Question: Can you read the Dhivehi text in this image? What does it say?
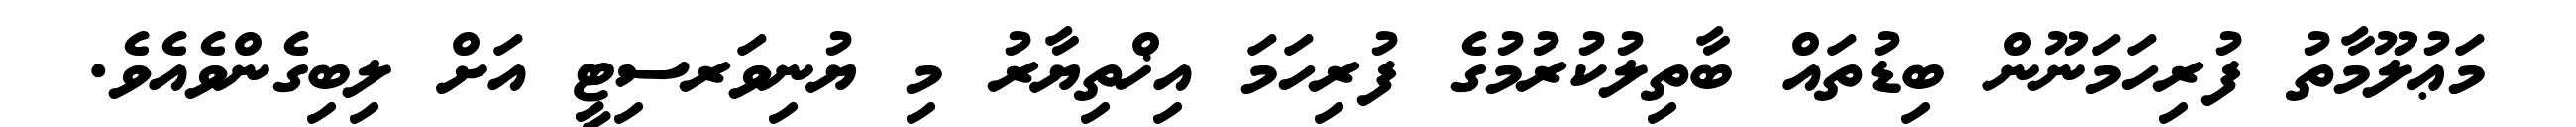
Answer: މަޢުލޫމާތު ފުރިހަމަނޫން ބިޑުތައް ބާތިލުކުރުމުގެ ފުރިހަމަ އިޚްތިޔާރު މި ޔުނިވަރސިޓީ އަށް ލިބިގެންވެއެވެ.